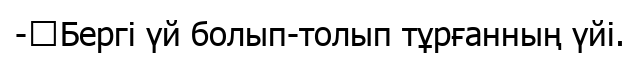
-	Бергі үй болып-толып тұрғанның үйі.